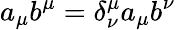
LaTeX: a_{\mu}b^{\mu}=\delta_{\nu}^{\mu}a_{\mu}b^{\nu}